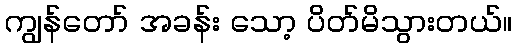
ကျွန်တော် အခန်း သော့ ပိတ်မိသွားတယ်။